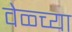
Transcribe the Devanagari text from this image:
वेळ्च्या